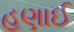
હણાઈ